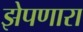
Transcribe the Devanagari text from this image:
झेपणारा